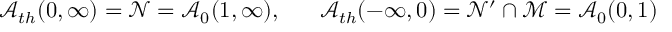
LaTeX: \mathcal { A } _ { t h } ( 0 , \infty ) = \mathcal { N } = \mathcal { A } _ { 0 } ( 1 , \infty ) , \, \, \, \, \, \, \, \, \, \, \mathcal { A } _ { t h } ( - \infty , 0 ) = \mathcal { N } ^ { \prime } \cap \mathcal { M = A } _ { 0 } ( 0 , 1 )